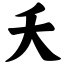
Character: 夭